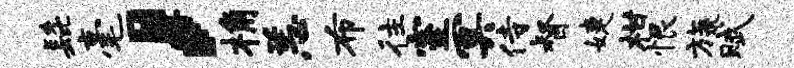
髭毫，桷恙布往室冥侍督婕柑恨旒赋